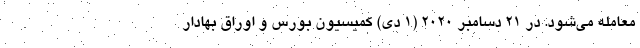
معامله می‌شود. در ۲۱ دسامبر ۲۰۲۰ (۱ دی) کمیسیون بورس و اوراق بهادار